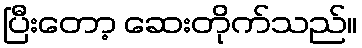
ပြီးတော့ ဆေးတိုက်သည်။